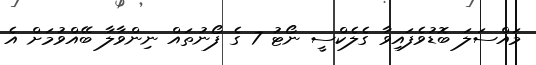
މައްސަލަ ބޮޑުވެފައިވާ ގެލެކްސީ ނޯޓު 7 ގެ ފޯނުތައް ނިންވާލާ ބޭއްވުމަށް އެ